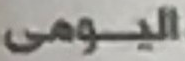
اليومى